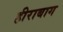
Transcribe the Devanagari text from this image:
हीराबाग